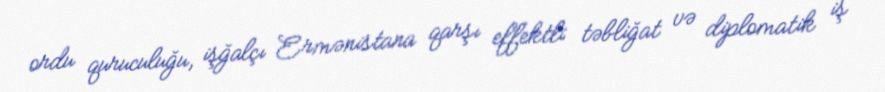
ordu quruculuğu, işğalçı Ermənistana qarşı effektli təbliğat və diplomatik iş